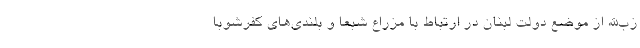
زب‌الله از موضع دولت لبنان در ارتباط با مزراع شبعا و بلندی‌های کفرشوبا